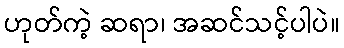
ဟုတ်ကဲ့ ဆရာ၊ အဆင်သင့်ပါပဲ။